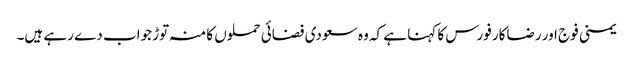
یمنی فوج اور رضاکار فورس کا کہنا ہے کہ وہ سعودی فضائی حملوں کا منہ توڑ جواب دے رہے ہیں۔